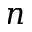
n